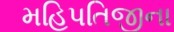
મહિપતિજીના